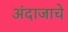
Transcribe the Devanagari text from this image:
अंदाजाचे